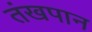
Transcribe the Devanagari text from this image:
तंखपान